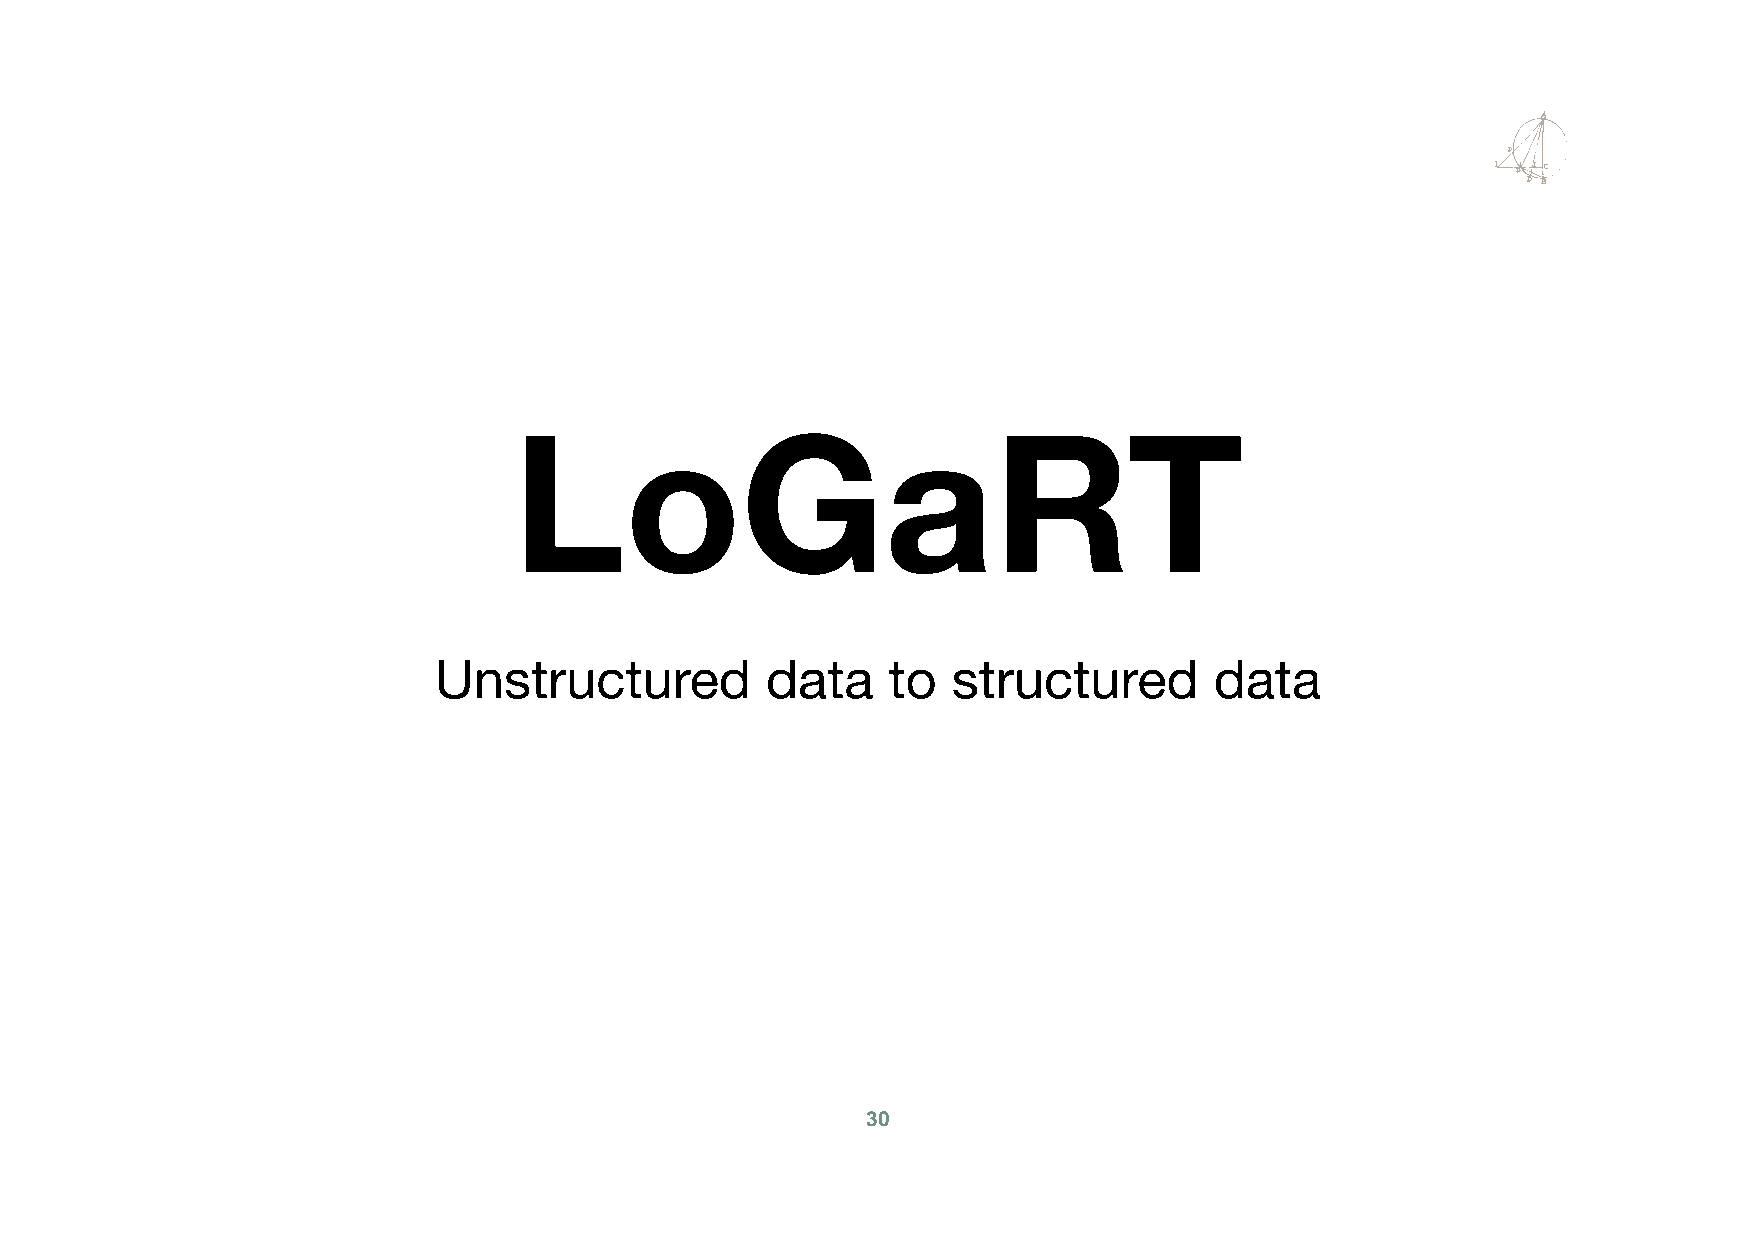
LoGaRT
 Unstructured          data    to  structured       data
 30